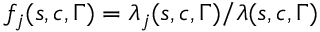
f _ { j } ( s , c , \Gamma ) = \ensuremath { \lambda } _ { j } ( s , c , \Gamma ) / \ensuremath { \lambda } ( s , c , \Gamma )